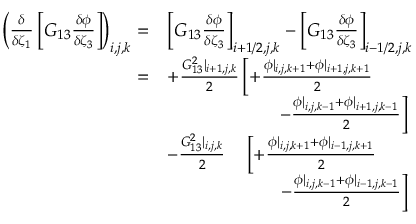
\begin{array} { r l } { \left( \frac { \delta } { \delta \zeta _ { 1 } } \left[ G _ { 1 3 } \frac { \delta \phi } { \delta \zeta _ { 3 } } \right] \right) _ { i , j , k } = } & { \left[ G _ { 1 3 } \frac { \delta \phi } { \delta \zeta _ { 3 } } \right] _ { i + 1 / 2 , j , k } - \left[ G _ { 1 3 } \frac { \delta \phi } { \delta \zeta _ { 3 } } \right] _ { i - 1 / 2 , j , k } } \\ { = } & { + \frac { G _ { 1 3 } ^ { 2 } | _ { i + 1 , j , k } } { 2 } \left[ + \frac { \phi | _ { i , j , k + 1 } + \phi | _ { i + 1 , j , k + 1 } } { 2 } \right. } \\ & { \qquad \qquad \qquad \left. - \frac { \phi | _ { i , j , k - 1 } + \phi | _ { i + 1 , j , k - 1 } } { 2 } \right] } \\ & { - \frac { G _ { 1 3 } ^ { 2 } | _ { i , j , k } } { 2 } \quad \left[ + \frac { \phi | _ { i , j , k + 1 } + \phi | _ { i - 1 , j , k + 1 } } { 2 } \right. } \\ & { \quad \qquad \qquad \: \: \: \: \, \left. - \frac { \phi | _ { i , j , k - 1 } + \phi | _ { i - 1 , j , k - 1 } } { 2 } \right] } \end{array}